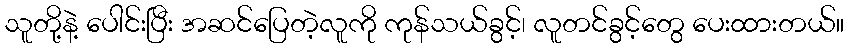
သူတို့နဲ့ ပေါင်းပြီး အဆင်ပြေတဲ့လူကို ကုန်သယ်ခွင့်၊ လူတင်ခွင့်တွေ ပေးထားတယ်။